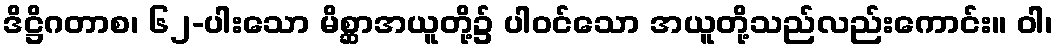
ဒိဋ္ဌိဂတာစ၊ ၆၂-ပါးသော မိစ္ဆာအယူတို့၌ ပါဝင်သော အယူတို့သည်လည်းကောင်း။ ဝါ၊